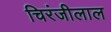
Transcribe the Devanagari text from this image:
चिरंजीलाल